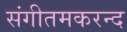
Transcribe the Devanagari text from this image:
संगीतमकरन्द